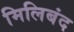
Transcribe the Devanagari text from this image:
मिलिबंद